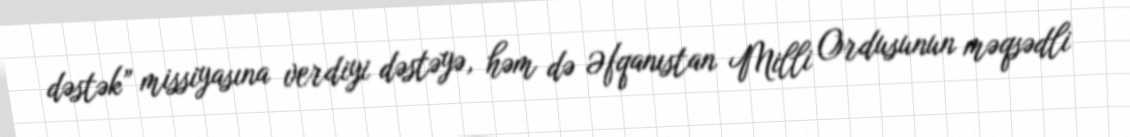
dəstək” missiyasına verdiyi dəstəyə, həm də Əfqanıstan Milli Ordusunun məqsədli